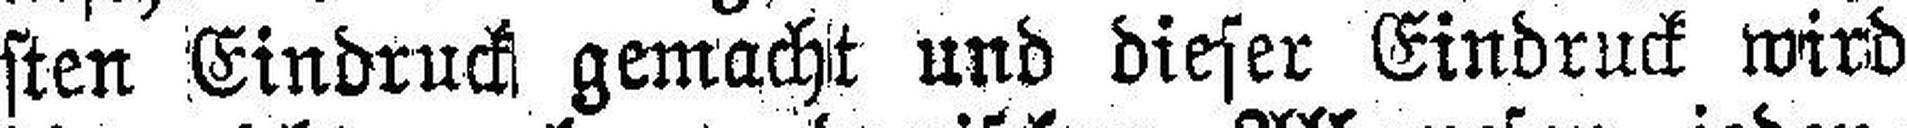
sten Eindruck gemacht und dieser Eindruck wird